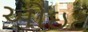
ઓઇટ